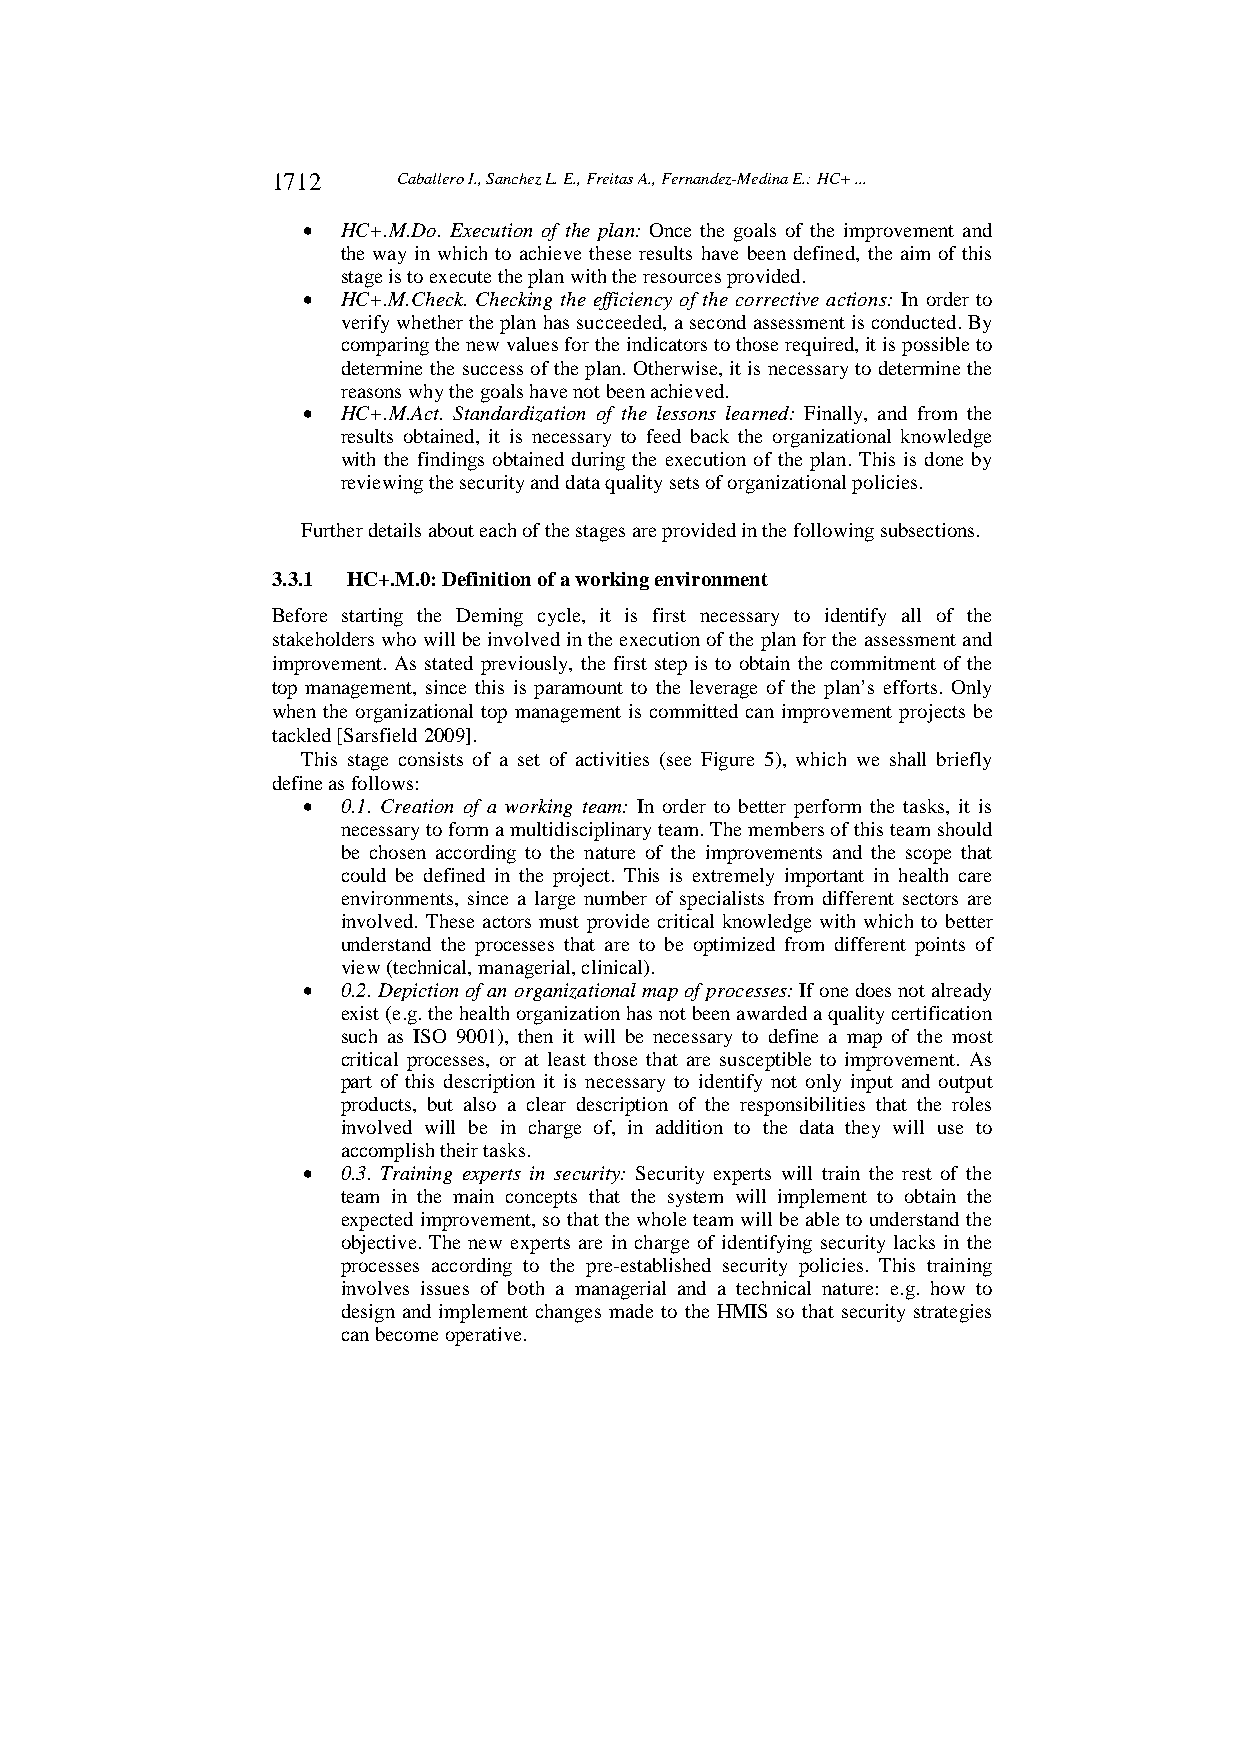
1712    Caballero I., Sanchez L. E., Freitas A., Fernandez-Medina E.: HC+ ...
   HC+.M.Do. Execution of the plan: Once the goals of the improvement and
 the way in which to achieve these results have been defined, the aim of this
 stage is to execute the plan with the resources provided.
   HC+.M.Check. Checking the efficiency of the corrective actions: In order to
 verify whether the plan has succeeded, a second assessment is conducted. By
 comparing the new values for the indicators to those required, it is possible to
 determine the success of the plan. Otherwise, it is necessary to determine the
 reasons why the goals have not been achieved.
   HC+.M.Act. Standardization of the lessons learned: Finally, and from the
 results obtained, it is necessary to feed back the organizational knowledge
 with the findings obtained during the execution of the plan. This is done by
 reviewing the security and data quality sets of organizational policies.
 Further details about each of the stages are provided in the following subsections.
 3.3.1 HC+.M.0: Definition of a working environment
 Before starting the Deming cycle, it is first necessary to identify all of the
 stakeholders who will be involved in the execution of the plan for the assessment and
 improvement. As stated previously, the first step is to obtain the commitment of the
 top management, since this is paramount to the leverage of the plan’s efforts. Only
 when the organizational top management is committed can improvement projects be
 tackled [Sarsfield 2009].
 This stage consists of a set of activities (see Figure 5), which we shall briefly
 define as follows:
   0.1. Creation of a working team: In order to better perform the tasks, it is
 necessary to form a multidisciplinary team. The members of this team should
 be chosen according to the nature of the improvements and the scope that
 could be defined in the project. This is extremely important in health care
 environments, since a large number of specialists from different sectors are
 involved. These actors must provide critical knowledge with which to better
 understand the processes that are to be optimized from different points of
 view (technical, managerial, clinical).
   0.2. Depiction of an organizational map of processes: If one does not already
 exist (e.g. the health organization has not been awarded a quality certification
 such as ISO 9001), then it will be necessary to define a map of the most
 critical processes, or at least those that are susceptible to improvement. As
 part of this description it is necessary to identify not only input and output
 products, but also a clear description of the responsibilities that the roles
 involved will be in charge of, in addition to the data they will use to
 accomplish their tasks.
   0.3. Training experts in security: Security experts will train the rest of the
 team in the main concepts that the system will implement to obtain the
 expected improvement, so that the whole team will be able to understand the
 objective. The new experts are in charge of identifying security lacks in the
 processes according to the pre-established security policies. This training
 involves issues of both a managerial and a technical nature: e.g. how to
 design and implement changes made to the HMIS so that security strategies
 can become operative.